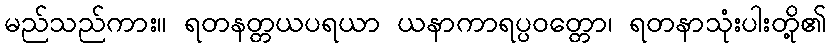
မည်သည်ကား။ ရတနတ္တယပရယာ ယနာကာရပ္ပဝတ္တော၊ ရတနာသုံးပါးတို့၏